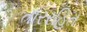
તારરહિત